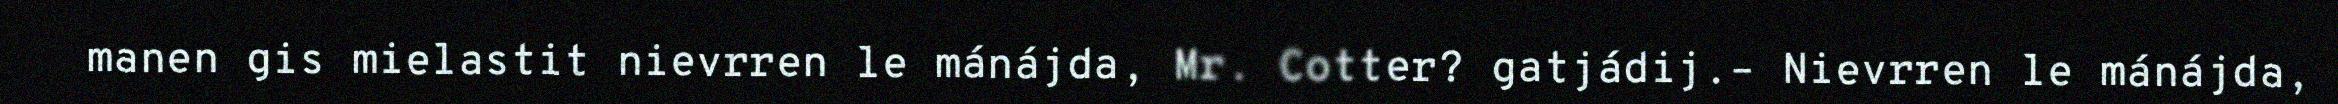
manen gis mielastit nievrren le mánájda, Mr. Cotter? gatjádij.– Nievrren le mánájda,